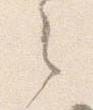
之